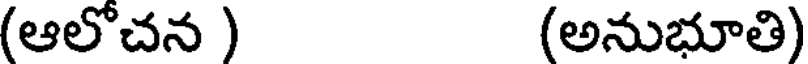
(ఆలోచన ) (అనుభూతి)